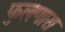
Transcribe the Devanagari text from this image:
फुलणारा